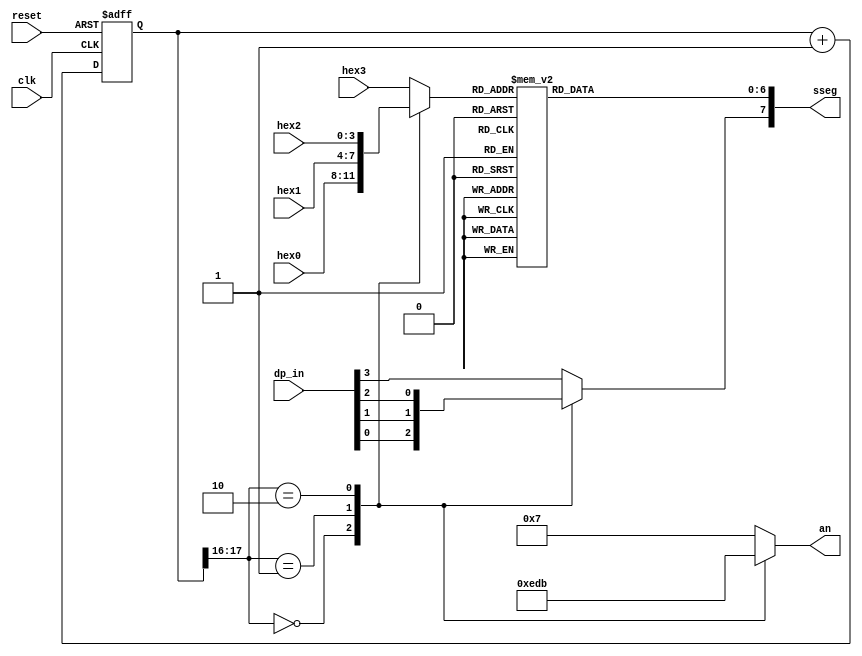
// Listing 4.15
module disp_hex_mux
   (
    input wire clk, reset,
    input wire [3:0] hex3, hex2, hex1, hex0,  // hex digits
    input wire [3:0] dp_in,             // 4 decimal points
    output reg [3:0] an,  // enable 1-out-of-4 asserted low
    output reg [7:0] sseg // led segments
   );

   // constant declaration
   // refreshing rate around 800 Hz (50 MHz/2^16)
   localparam N = 18;
   // internal signal declaration
   reg [N-1:0] q_reg;
   wire [N-1:0] q_next;
   reg [3:0] hex_in;
   reg dp;

   // N-bit counter
   // register
   always @(posedge clk, posedge reset)
      if (reset)
         q_reg <= 0;
      else
         q_reg <= q_next;

   // next-state logic
   assign q_next = q_reg + 1;

   // 2 MSBs of counter to control 4-to-1 multiplexing
   // and to generate active-low enable signal
   always @*
      case (q_reg[N-1:N-2])
         2'b00:
            begin
               an =  4'b1110;
               hex_in = hex0;
               dp = dp_in[0];
            end
         2'b01:
            begin
               an =  4'b1101;
               hex_in = hex1;
               dp = dp_in[1];
            end
         2'b10:
            begin
               an =  4'b1011;
               hex_in = hex2;
               dp = dp_in[2];
            end
         default:
            begin
               an =  4'b0111;
               hex_in = hex3;
               dp = dp_in[3];
            end
       endcase

   // hex to seven-segment led display
   always @*
   begin
      case(hex_in)
         4'h0: sseg[6:0] = 7'b0000001;
         4'h1: sseg[6:0] = 7'b1001111;
         4'h2: sseg[6:0] = 7'b0010010;
         4'h3: sseg[6:0] = 7'b0000110;
         4'h4: sseg[6:0] = 7'b1001100;
         4'h5: sseg[6:0] = 7'b0100100;
         4'h6: sseg[6:0] = 7'b0100000;
         4'h7: sseg[6:0] = 7'b0001111;
         4'h8: sseg[6:0] = 7'b0000000;
         4'h9: sseg[6:0] = 7'b0000100;
         4'ha: sseg[6:0] = 7'b0001000;
         4'hb: sseg[6:0] = 7'b1100000;
         4'hc: sseg[6:0] = 7'b0110001;
         4'hd: sseg[6:0] = 7'b1000010;
         4'he: sseg[6:0] = 7'b0110000;
         default: sseg[6:0] = 7'b0111000;  //4'hf
     endcase
     sseg[7] = dp;
   end

endmodule